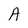
Character: A